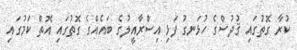
ކުރާ ގޮތުގައި ޤުދުސްގެ ހުޅަނގު ފަޅި އިސްރާއީލުގެ ބައެއްގެ ގޮތުގައި އޮތް ކަމުގައި